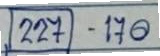
(227) - 170